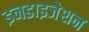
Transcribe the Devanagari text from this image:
इनडाइजेशन